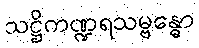
သဋ္ဌိကဏ္ဍရသမ္ဗန္ဓော